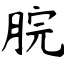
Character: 脘